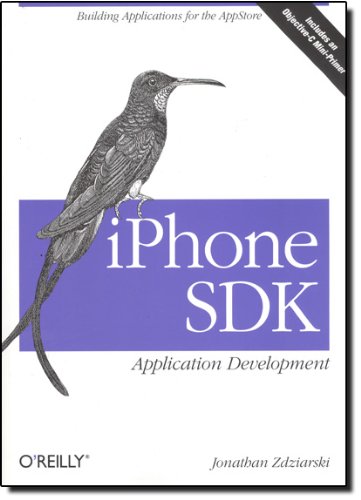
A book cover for iPhone SDK Application Development: Building Applications for the AppStore; Jonathan Zdziarski; Computers & Technology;